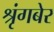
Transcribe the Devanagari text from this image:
श्रृंगबेर